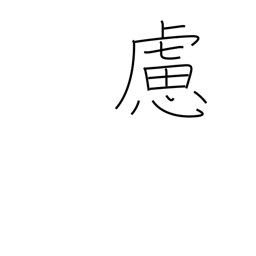
Meaning: prudence